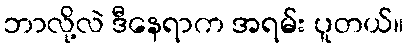
ဘာလို့လဲ ဒီနေရာက အရမ်း ပူတယ်။